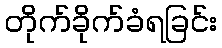
တိုက်ခိုက်ခံရခြင်း